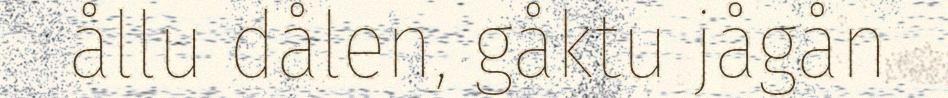
ållu dålen, gåktu jågån